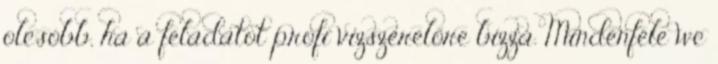
olcsóbb, ha a feladatot profi vízszerelőre bízza. Mindenféle wc